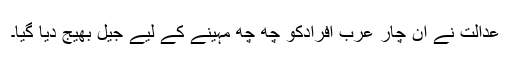
عدالت نے ان چار عرب افرادکو چھ چھ مہینے کے لیے جیل بھیج دِیا گیا۔